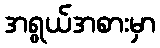
အရွယ်အစားမှာ